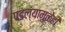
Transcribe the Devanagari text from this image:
पडल्यामुळेही